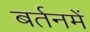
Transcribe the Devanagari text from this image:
बर्तनमें